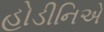
હોડીનિએ